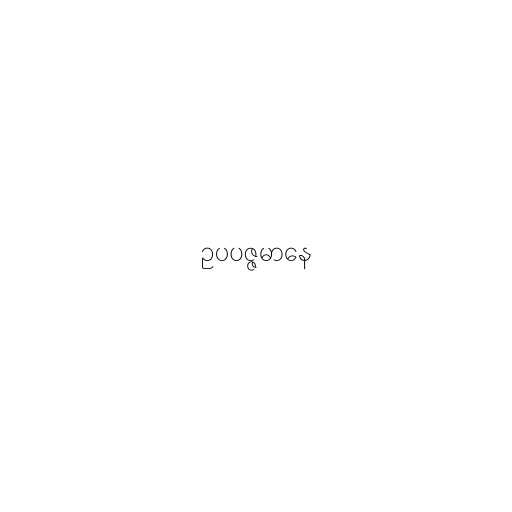
ဥပပဇ္ဇမာနေ